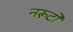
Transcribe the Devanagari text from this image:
नरूटो